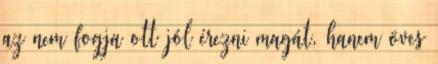
az nem fogja ott jól érezni magát, hanem öves